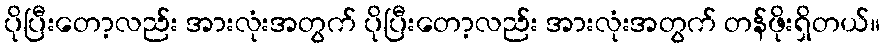
ပိုပြီးတော့လည်း အားလုံးအတွက် ပိုပြီးတော့လည်း အားလုံးအတွက် တန်ဖိုးရှိတယ်။